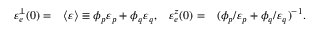
\begin{array} { r l r l } { \mathinner { \varepsilon _ { e } ^ { \perp } \mathopen { \left( 0 \right) } } = } & { \left\langle \varepsilon \right\rangle \equiv \phi _ { p } \varepsilon _ { p } + \phi _ { q } \varepsilon _ { q } , } & { \mathinner { \varepsilon _ { e } ^ { z } \mathopen { \left( 0 \right) } } = } & { ( \phi _ { p } / \varepsilon _ { p } + \phi _ { q } / \varepsilon _ { q } ) ^ { - 1 } . } \end{array}